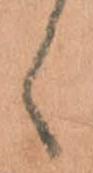
候